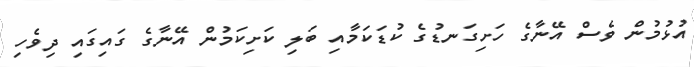
އުޅުމުން ވެސް އޭނާގެ ހަށިގަނޑުގެ ކުޑަކަމާއި ބަލި ކަށިކަމުން އޭނާގެ ގައިގައި ދިވެހި